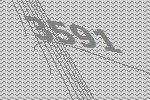
3591